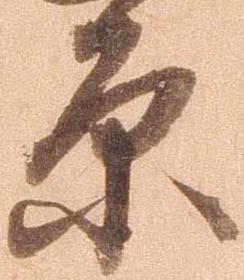
原